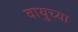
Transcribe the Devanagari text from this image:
वायुच्या